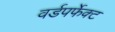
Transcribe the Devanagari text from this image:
वर्डपर्फेक्ट